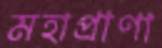
মহাপ্রাণা